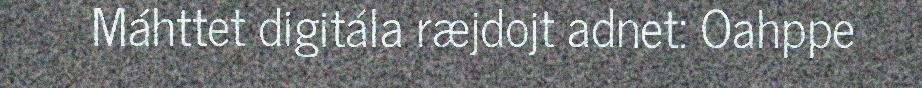
Máhttet digitála ræjdojt adnet: Oahppe